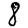
Digit: 8